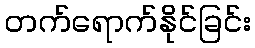
တက်ရောက်နိုင်ခြင်း